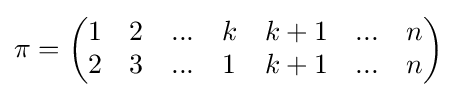
\pi ={\begin{pmatrix}1&2&...&k&k+1&...&n\\2&3&...&1&k+1&...&n\end{pmatrix}}